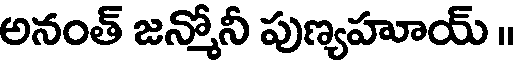
అనంత్ జన్మోనీ పుణ్యహూయ్ ॥